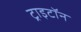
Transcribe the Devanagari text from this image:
ट्राइटॉन